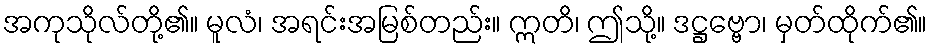
အကုသိုလ်တို့၏။ မူလံ၊ အရင်းအမြစ်တည်း။ ဣတိ၊ ဤသို့။ ဒဋ္ဌဗ္ဗော၊ မှတ်ထိုက်၏။